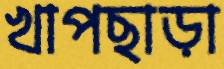
খাপছাড়া